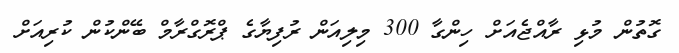
ގޮތުން މުޅި ރާއްޖެއަށް ހިންގާ 300 މިލިއަން ރުފިޔާގެ ޕްރޮގްރާމް ބޭންކުން ކުރިއަށް